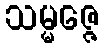
သမ္မဇ္ဇေ